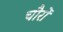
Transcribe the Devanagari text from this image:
चौरों